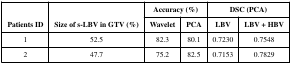
<table><thead><tr><td rowspan="2"><b>Patients ID</b></td><td rowspan="2"><b>Size of s-LBV in GTV (%)</b></td><td colspan="2"><b>Accuracy (%)</b></td><td colspan="2"><b>DSC (PCA)</b></td></tr><tr><td><b>Wavelet</b></td><td><b>PCA</b></td><td><b>LBV</b></td><td><b>LBV + HBV</b></td></tr></thead><tbody><tr><td>1</td><td>52.5</td><td>82.3</td><td>80.1</td><td>0.7230</td><td>0.7548</td></tr><tr><td>2</td><td>47.7</td><td>75.2</td><td>82.5</td><td>0.7153</td><td>0.7829</td></tr></tbody></table>